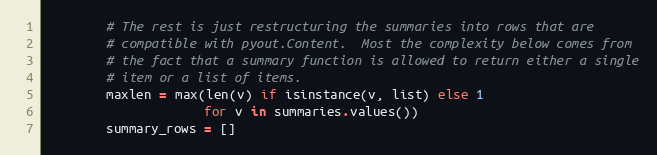
Language: Python
        # The rest is just restructuring the summaries into rows that are
        # compatible with pyout.Content.  Most the complexity below comes from
        # the fact that a summary function is allowed to return either a single
        # item or a list of items.
        maxlen = max(len(v) if isinstance(v, list) else 1
                     for v in summaries.values())
        summary_rows = []